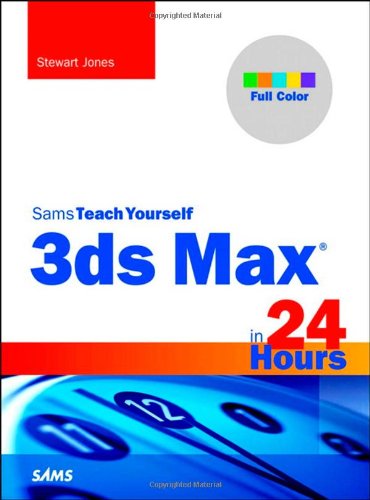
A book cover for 3ds Max in 24 Hours, Sams Teach Yourself (Sams Teach Yourself -- Hours); Stewart Jones; Computers & Technology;